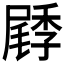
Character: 𡳜